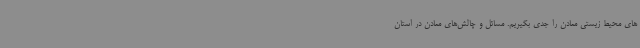
های محیط زیستی معادن را جدی بگیریم. مسائل و چالش‌های معادن در استان